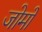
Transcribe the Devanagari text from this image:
जोमों